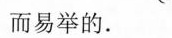
而易举的。